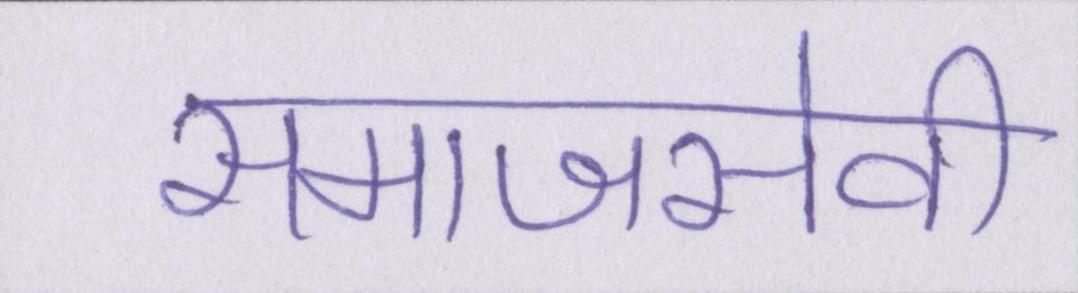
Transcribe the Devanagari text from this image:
समाजसेवी